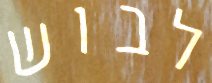
לבוש